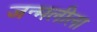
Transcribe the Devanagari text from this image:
जन्मलीला